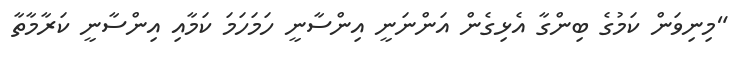
"މިނިވަން ކަމުގެ ބިންގާ އެޅިގެން އަންނަނީ އިންސާނީ ހަމަހަމަ ކަމާއި އިންސާނީ ކަރާމާތާ